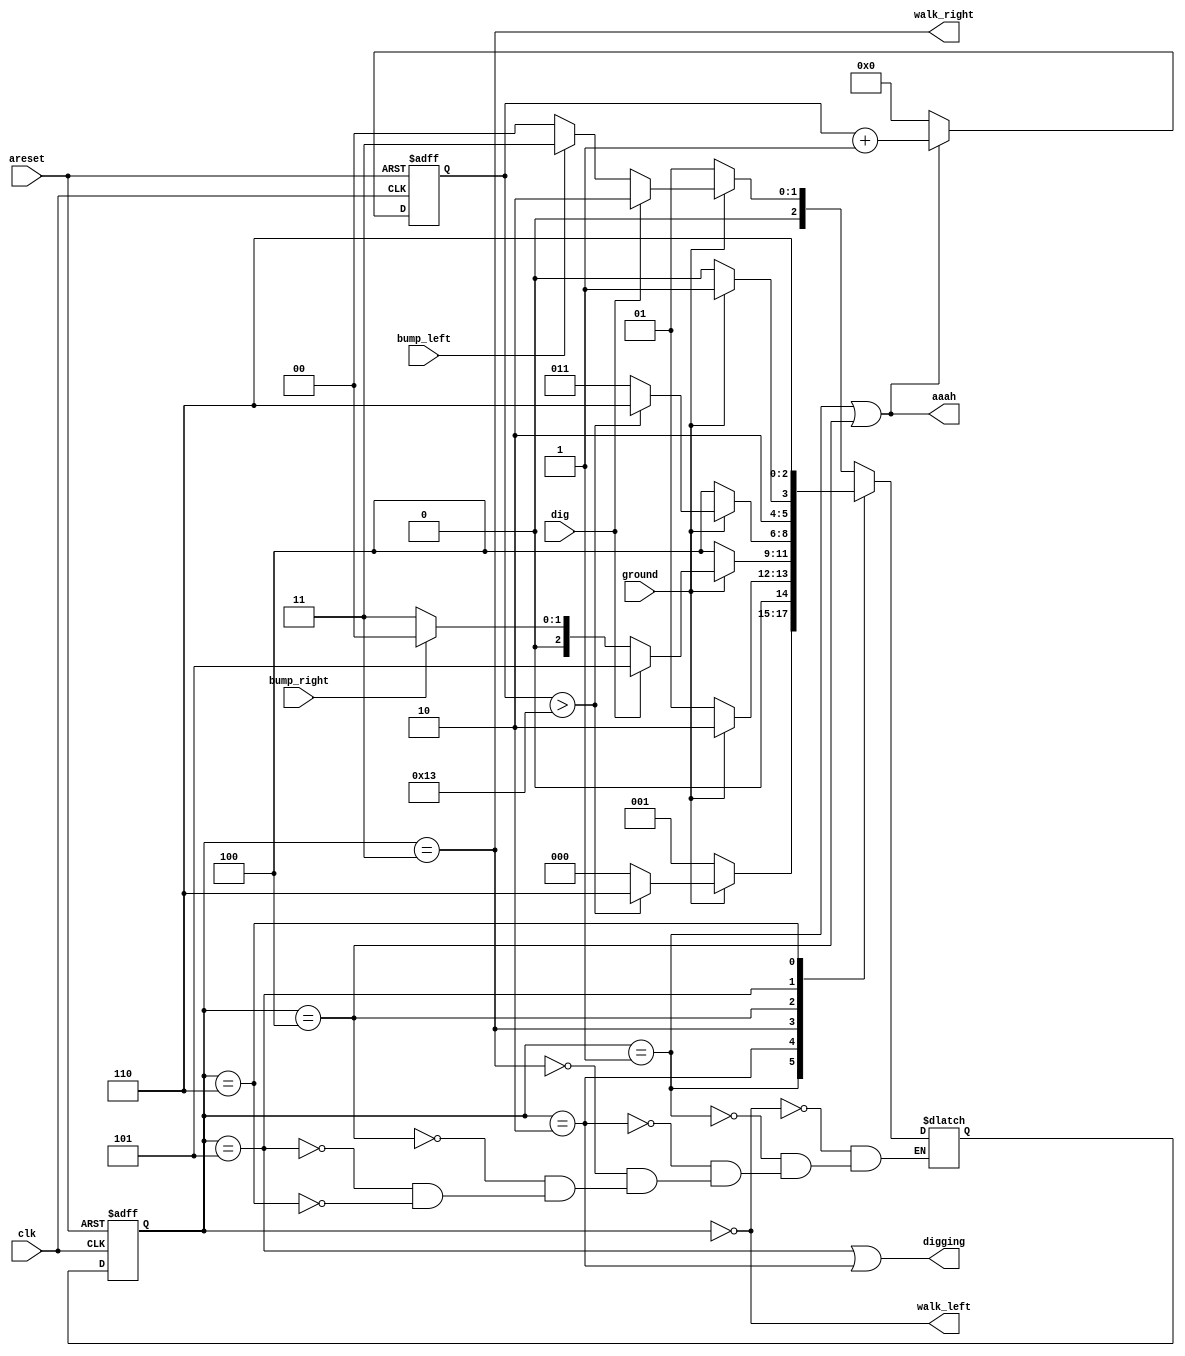
module top_module(
    input clk,
    input areset,    // Freshly brainwashed Lemmings walk left.
    input bump_left,
    input bump_right,
    input ground,
    input dig,
    output walk_left,
    output walk_right,
    output aaah,
    output digging ); 
    
    parameter LW=0, LF=1, LD = 2, RW=3, RF=4, RD = 5,over=6;
    reg [2:0] pstate, nstate;
    reg [6:0] count;

    always @(*) begin
        case(pstate)
            LW:nstate = ground?(dig?LD:(bump_left?RW:LW)):LF;
            LF:nstate = ground? ((count>19)?over:LW):LF;
            LD:nstate = ground? LD:LF;
            RW:nstate = ground?(dig?RD:(bump_right?LW:RW)):RF;
            RF:nstate = ground? ((count>19)?over:RW):RF;
            RD:nstate = ground? RD:RF;
            over:nstate = over;
        endcase
    end
    
    always @(posedge clk, posedge areset) begin
        if(areset)begin
            pstate <= LW;
            count <= 0;
        end
        else begin
            pstate <= nstate;
            if (pstate == LF | pstate == RF)
                count <= count + 1;
            else
                count <= 0;
          end
	end

    assign walk_left = (pstate == LW);
    assign walk_right = (pstate == RW);
    assign aaah = (pstate == RF)|(pstate == LF);
    assign digging = (pstate == RD)|(pstate == LD);
endmodule